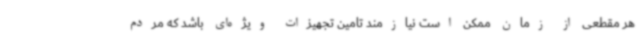
هر مقطعی از زمان ممکن است نیازمند تامین تجهیزات ویژه‌ای باشد که مردم